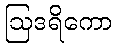
ဩဒရိကော